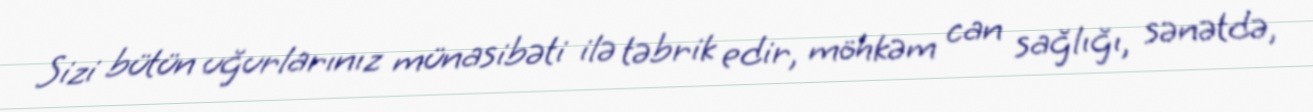
Sizi bütün uğurlarınız münasibəti ilə təbrik edir, möhkəm can sağlığı, sənətdə,